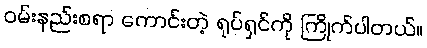
ဝမ်းနည်းစရာ ကောင်းတဲ့ ရုပ်ရှင်ကို ကြိုက်ပါတယ်။